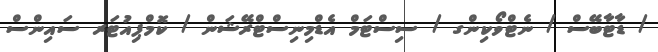
/ ޑާޓާބޭސް / ނެޓްވޯކިންގ / ސިސްޓަމް އެޑްމިނިސްޓްރޭޝަން / ކޮމްޕިއުޓަރ ސައިންސް